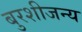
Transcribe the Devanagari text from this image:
बुरशीजन्य